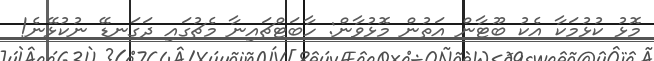
މޮޅު ކުޅުމަކާ އެކު ބޫޓާން އަތުން މޮޅުވާން: ހާބަޓްޗައިނާ މެޗުގައި ދަގަނޑޭ ނުކުޅޭނެ!